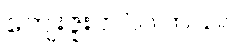
ကျေးဇူးတင်ပါတယ်။